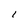
Character: 1